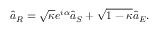
\hat { a } _ { R } = \sqrt { \kappa } e ^ { i \alpha } \hat { a } _ { S } + \sqrt { 1 - \kappa } \hat { a } _ { E } .